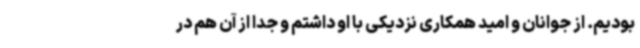
بودیم. از جوانان و امید همکاری نزدیکی با او داشتم و جدا از آن هم در